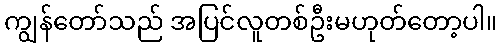
ကျွန်တော်သည် အပြင်လူတစ်ဦးမဟုတ်တော့ပါ။